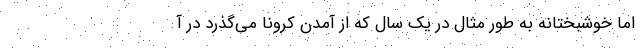
اما خوشبختانه به طور مثال در یک سال که از آمدن کرونا می‌گذرد در آ